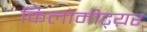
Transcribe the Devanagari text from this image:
किलोमीट्य़र